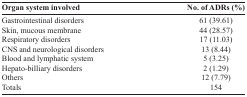
<table><thead><tr><td><b>Organ system involved</b></td><td><b>No. of ADRs (%)</b></td></tr></thead><tbody><tr><td>Gastrointestinal disorders</td><td>61 (39.61)</td></tr><tr><td>Skin, mucous membrane</td><td>44 (28.57)</td></tr><tr><td>Respiratory disorders</td><td>17 (11.03)</td></tr><tr><td>CNS and neurological disorders</td><td>13 (8.44)</td></tr><tr><td>Blood and lymphatic system</td><td>5 (3.25)</td></tr><tr><td>Hepato-billiary disorders</td><td>2 (1.29)</td></tr><tr><td>Others</td><td>12 (7.79)</td></tr><tr><td>Totals</td><td>154</td></tr></tbody></table>